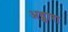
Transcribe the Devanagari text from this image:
अद्जारा